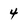
Character: 4